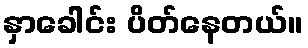
နှာခေါင်း ပိတ်နေတယ်။